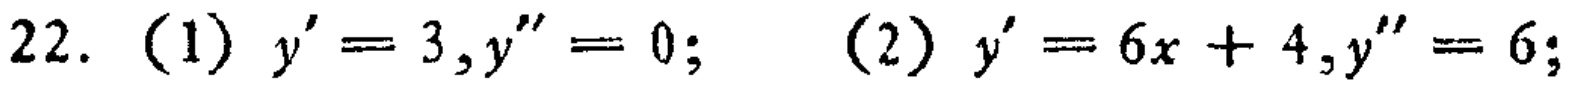
22. (1) \(y^{\prime}=3,y^{\prime\prime}=0;\)  (2) \(y^{\prime}=6x + 4,y^{\prime\prime}=6;\)